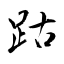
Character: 跍